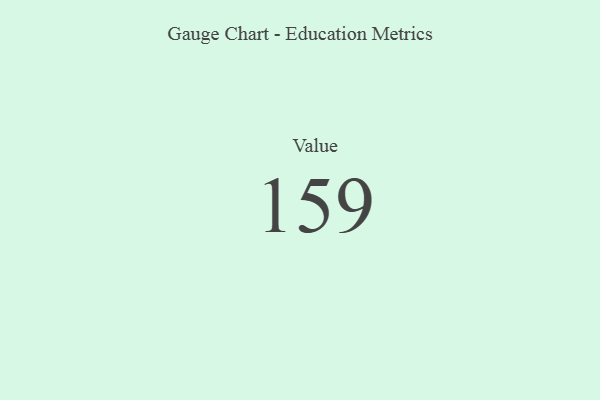
{"axis": {"x": "Metric", "y": "Value"}, "legend": [""], "data": [{"x": "Value", "y": 159, "type": ""}]}